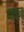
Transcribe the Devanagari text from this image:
नाइज़